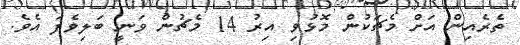
ތެރެއިން އަށް މެޗަކުން މޮޅުވި އިރު 14 މެޗުން ވަނީ ބަލިވެފަ އެވެ.